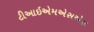
ટીઆઇએમએસએસ